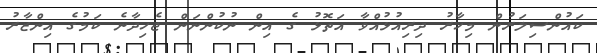
ކައުންސިލަރުން މިހާރު ދިރިއުޅުއްވާ އަތޮޅު ގެ އިން ނުކުންނަން ޖެހިދާނެ ކަމުގެ އިންޒާރު